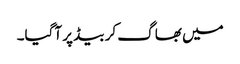
میں بھاگ کر بیڈ پر آگیا۔